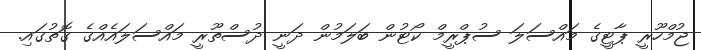
ޖުމްހޫރީ ޕާޓީގެ މައްސަލަ ސުޕްރީމް ކޯޓުން ބަލަމުން ދަނީ ދުސްތޫރީ މައްސަލައެއްގެ ގޮތުގައި.